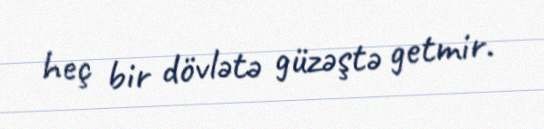
heç bir dövlətə güzəştə getmir.